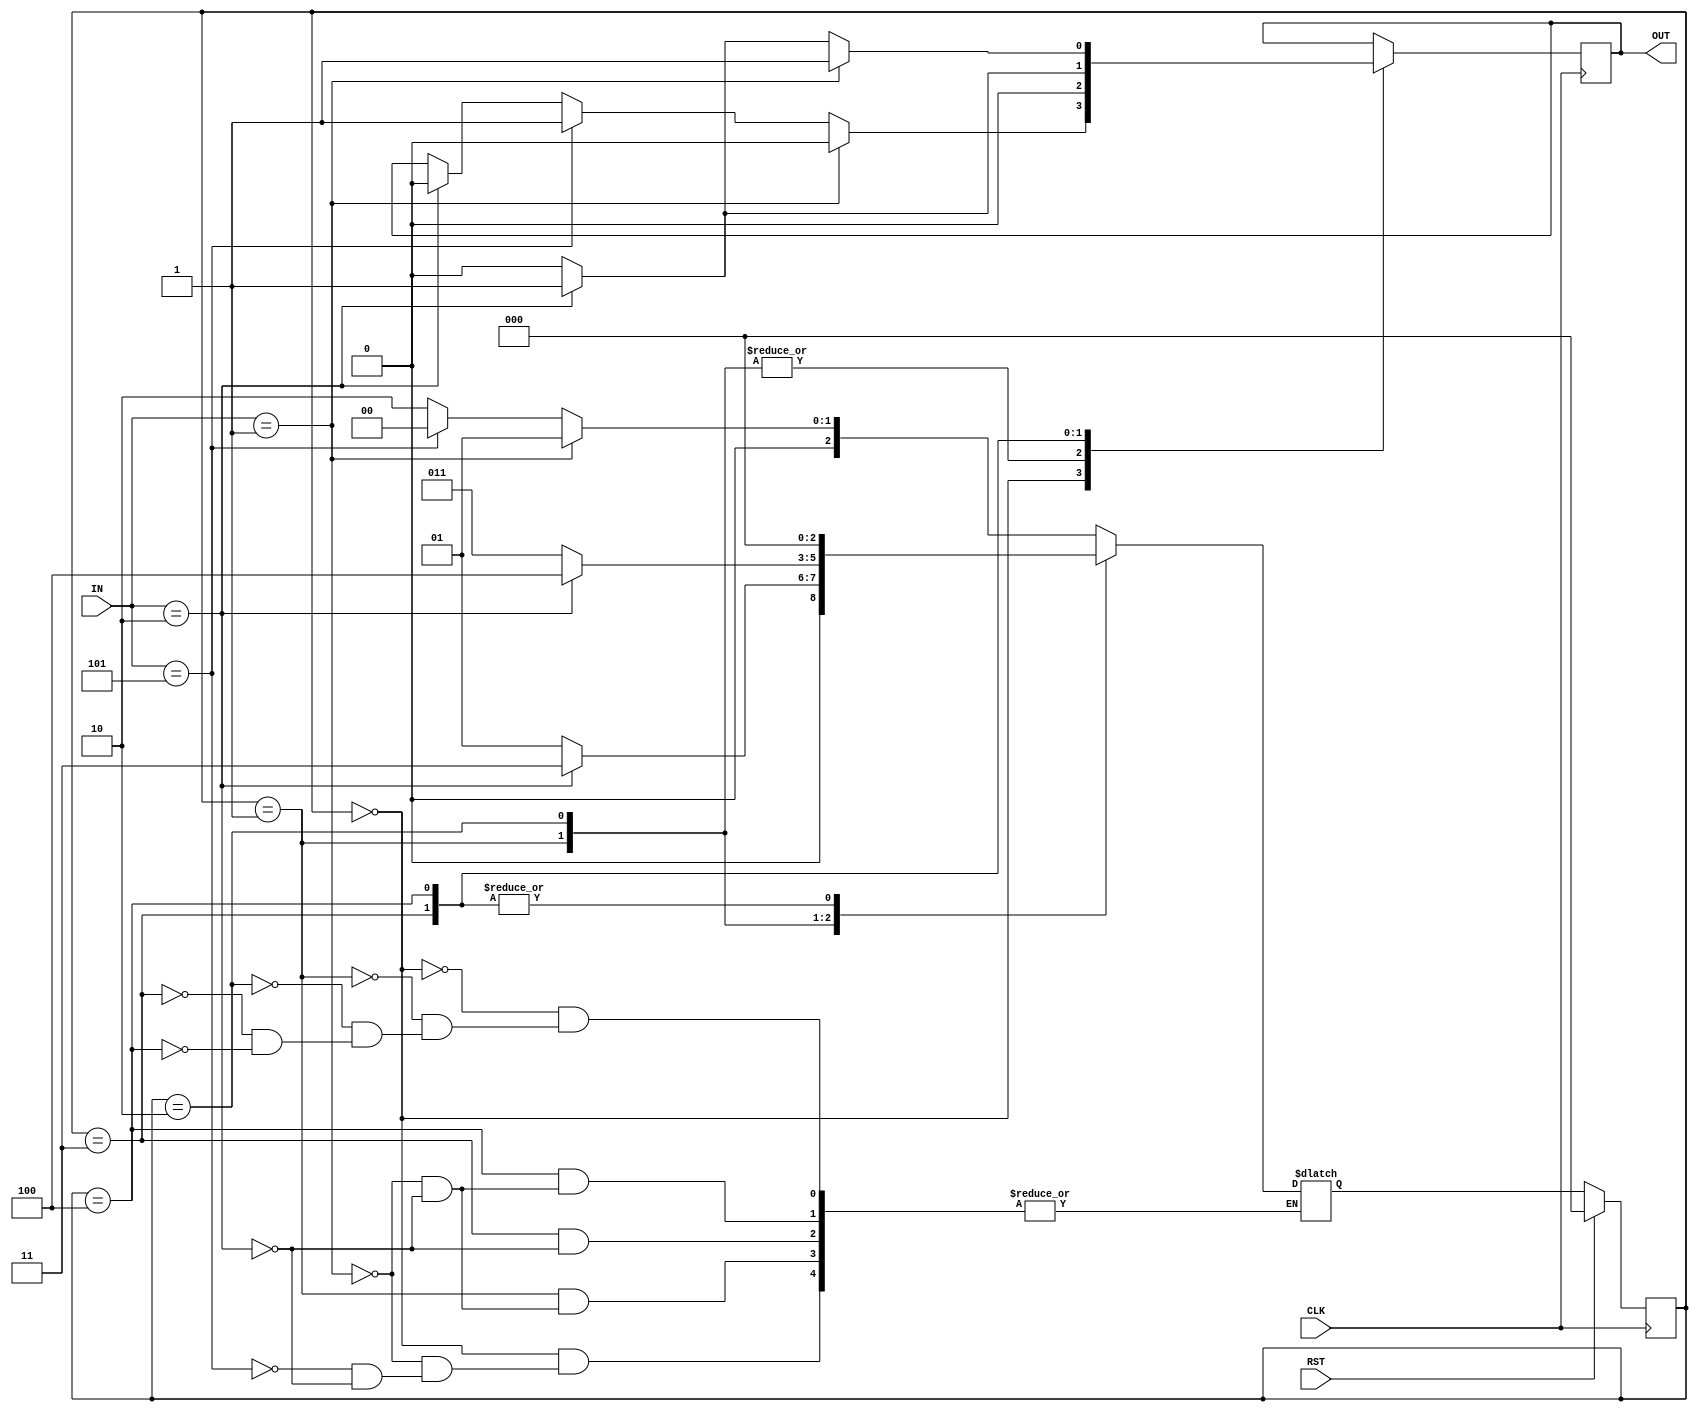
module vending(
input CLK,RST,
  input [2:0] IN,
output reg OUT
);
  reg [2:0]state,nxt_state;
  localparam IDLE=3'D0, S1=3'D1, S2=3'D2, S3=3'D3, S4=3'D4;
  
  //present state
  always@(posedge CLK)
   begin
      if(RST==1)
        state<=0;
      else
        state<=nxt_state;
  end
  
  //updation of next state
  always@(state,IN)
    begin
      case(state)
        IDLE: begin
          if(IN==3'D1)
            nxt_state<=S1;
          else if(IN==3'D5)
            nxt_state<=IDLE;
          else if(IN==3'd2) 
            nxt_state<=S2;
         //  else 
           // nxt_state<=IDLE;
        end
        S1: begin
          if(IN==3'd2)
            nxt_state<=S3;
          else if(IN==3'd1)
            nxt_state<=S1;
         // else 
          //  nxt_state<=S1;
          
        end
        
          S2: begin
            if(IN==3'D2)
            nxt_state<=S4;
           else
              nxt_state<=S3;
          end
            
        
        S3: begin
          if(IN==3'd2)
            nxt_state<=IDLE;
         // else
            //nxt_state<=S3;
        end
        
           
        S4: begin
          if(IN==3'd1)
            nxt_state<=IDLE;
          else if(IN==3'd2)
            nxt_state<=IDLE;
         // else
            //nxt_state<=S4;
        end
      endcase
    end
  
        
        // assing the outputs now its a bit difficult (mealy)
  always@(posedge CLK)
    begin
      case(state)
        IDLE: begin
          if(IN==3'd1)
            OUT<= 0;
          else if(IN==3'd5)
            OUT<= 1;
          else if(IN==3'd2)
            OUT<= 0;
        end
        
        S1:begin
          if(IN==3'd2)
            OUT<=0;
          else if(IN==3'd1)
            OUT<=0;
          else
            OUT<=0;
        end
        
          S2: begin
            if(IN==3'D2)
          OUT<=0;
            else
            OUT<=0;
          end
           
           
        S3: begin
          if(IN==3'd2)
        OUT<=1;
          else
        OUT<=0;
        end
        
            
        S4: begin
          if(IN==3'd1)
             OUT<=1;
          else if(IN==3'd2)
             OUT<=1;
          else
              OUT<=0;
        end
      endcase
    end
endmodule